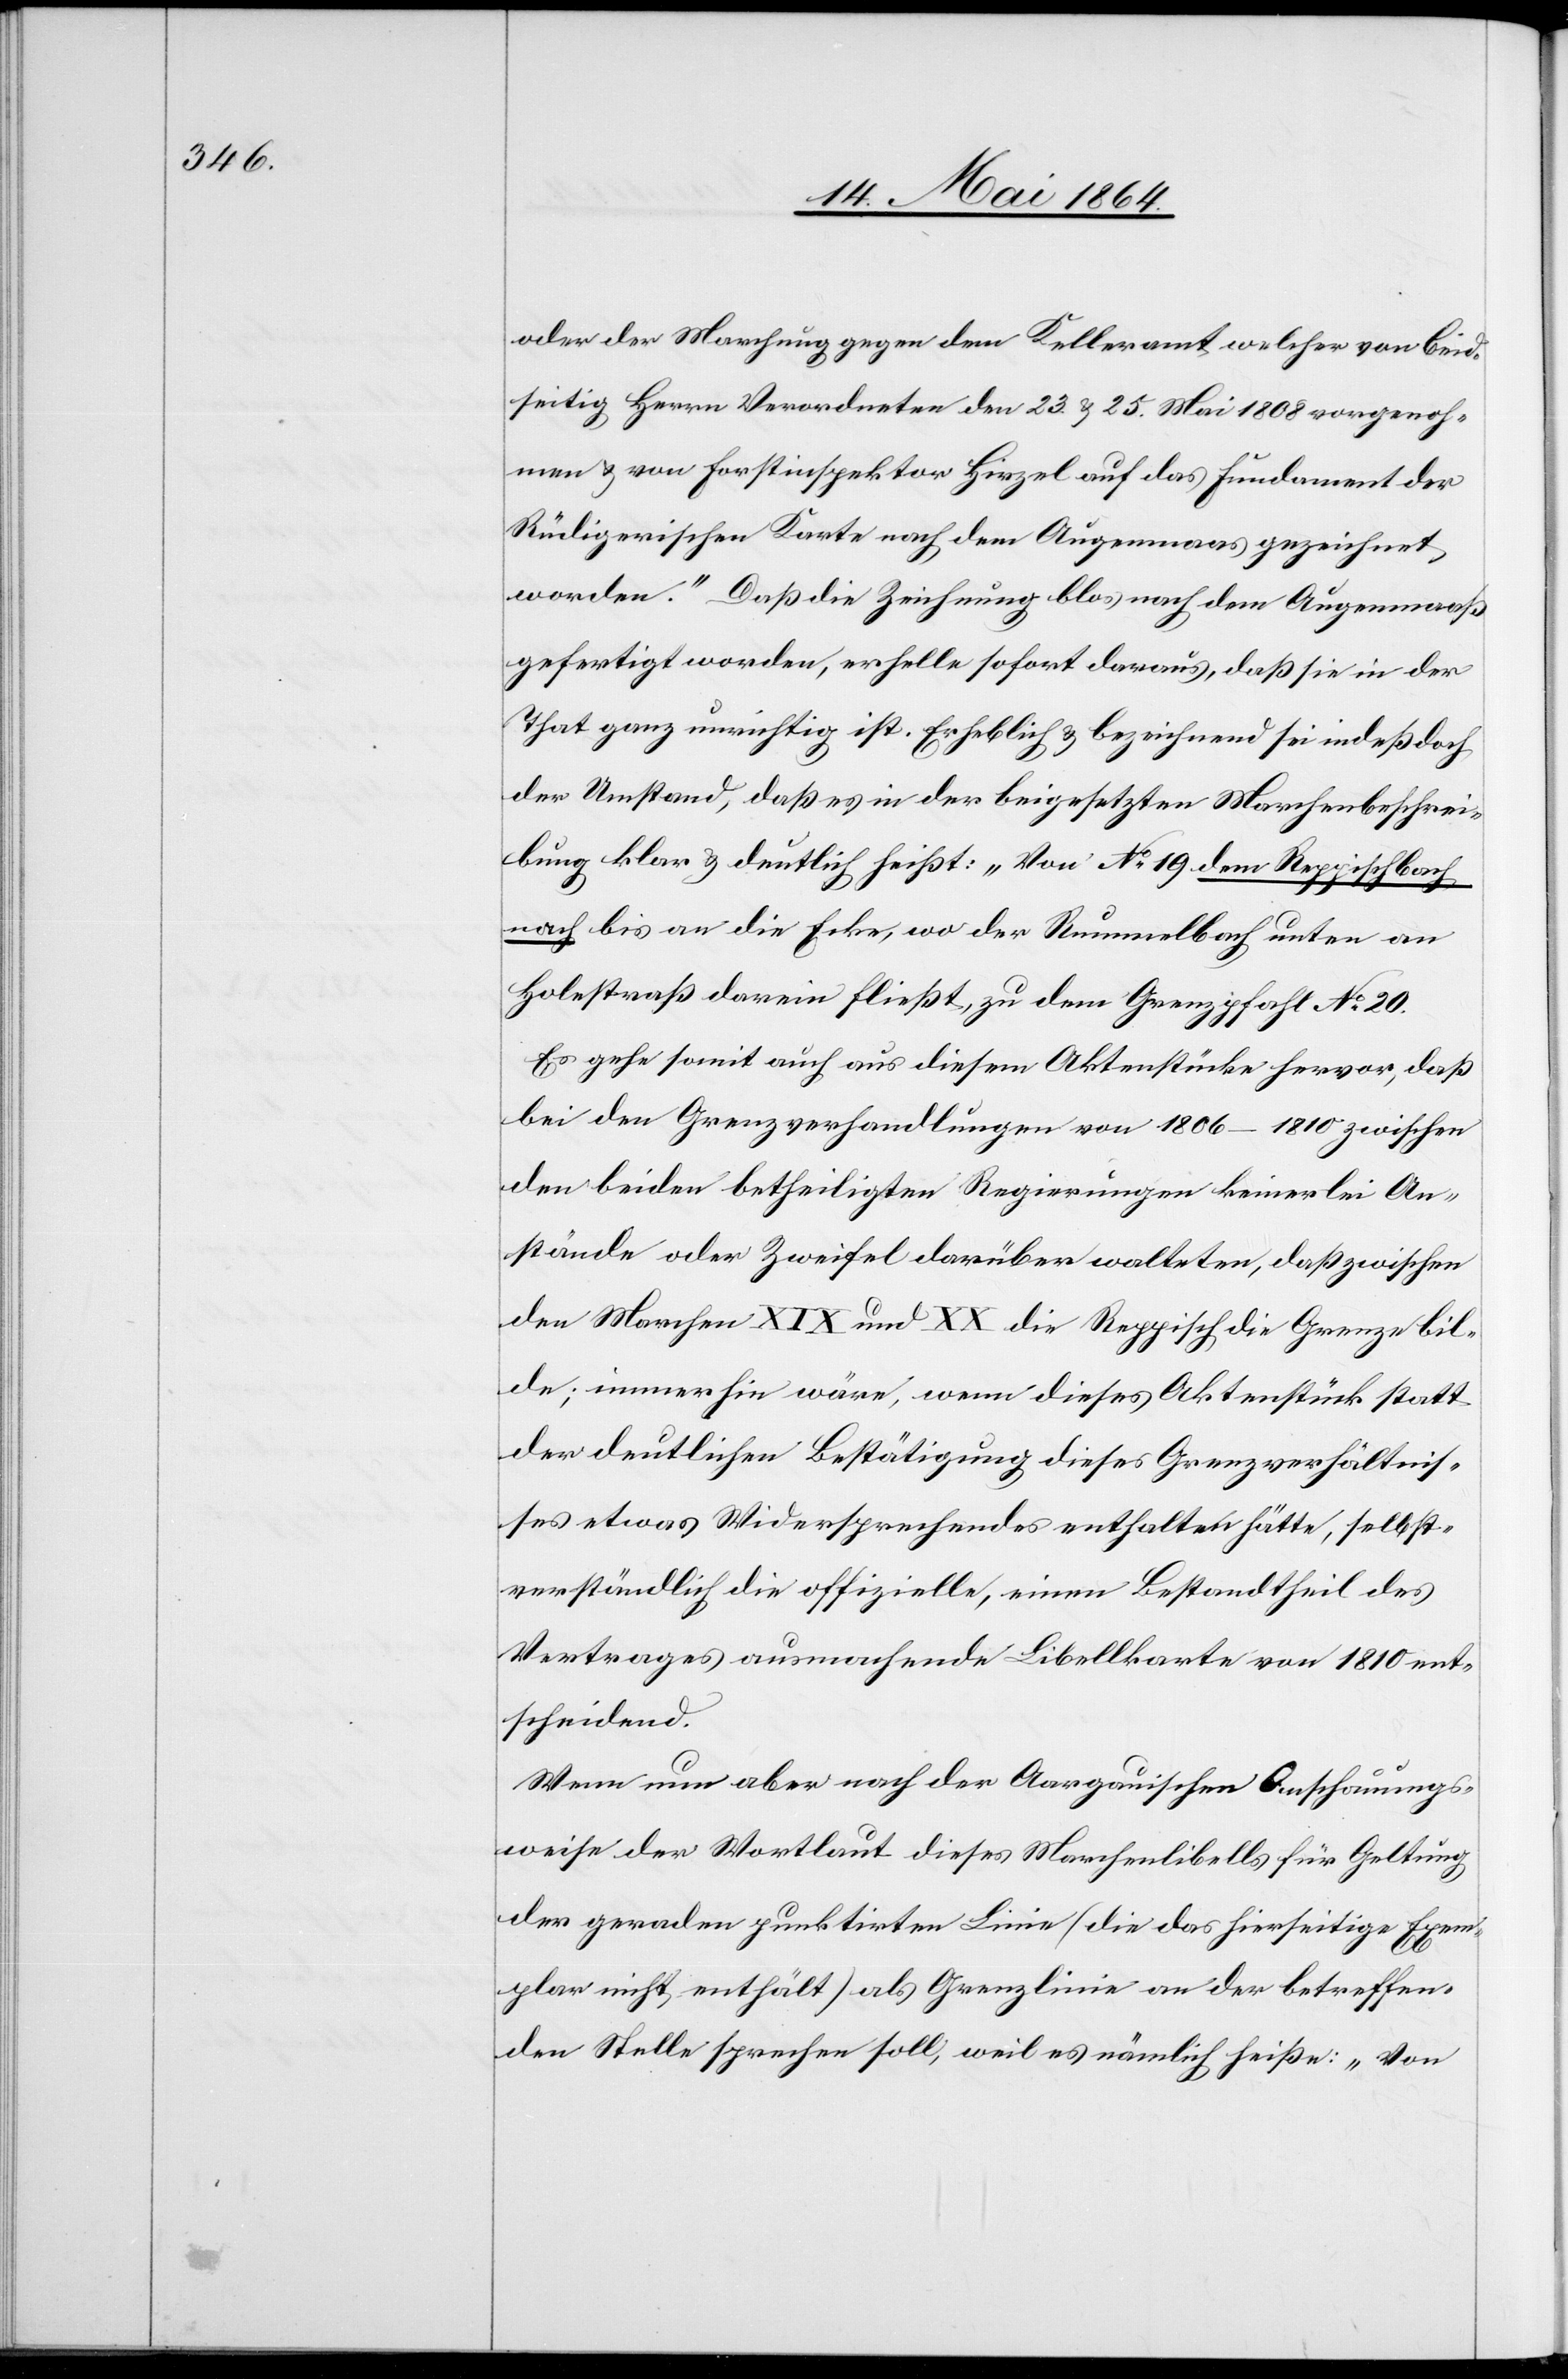
oder der Marchung gegen dem Kelleramt welcher von beid¬
seitig Herrn Verordneten den 23. u. 25. Mai 1909 vorgenoh¬
men u. von Forstinspektor Hirzel auf das Fundament der
Rüdigerischen Karte nach dem Augenmaas gezeichnet
worden.“ Daß die Zeichnung blos nach dem Augenmaaß
gefertigt worden, erhelle sofort daraus, daß sie in der
That ganz unrichtig ist. Erheblich u. bezeichnend sei indeß doch
der Umstand, daß es in der beigesetzten Marchenbeschrei¬
bung klar u. deutlich heißt: „Von No 19 dem Reppischbach
nach bis an die Ecke, wo der Rummelbach unten an
Holestraß darein fließt, zu dem Grenzpfahl No 20.
Es gehe somit auch aus diesem Aktenstücke hervor, daß
bei den Grenzverhandlungen von 1806–1810 zwischen
den beiden betheilgten Regierungen keinerlei An¬
stände oder Zweifel darüber walteten, daß zwischen
den Marchen XIX und XX die Reppisch die Grenze bil¬
de; immerhin wäre, wenn dieses Aktenstück statt
der deutlichen Bestätigung dieses Grenzverhältnis¬
ses etwas Widersprechendes enthalten hätte, selbst¬
verständlich die offizielle, einen Bestandtheil des
Vertrages ausmachende Libellkarte von 1810 ent¬
scheidend.
Wenn nun aber nach der Aargauischen Anschauungs¬
weise der Wortlaut dieses Marchenlibells für Geltung
der geraden punktirten Linie (die das hierseitige Exem¬
plar nicht enthält) als Grenzlinie an der betreffen¬
den Stelle sprechen soll, weil es nämlich heiße: „Von